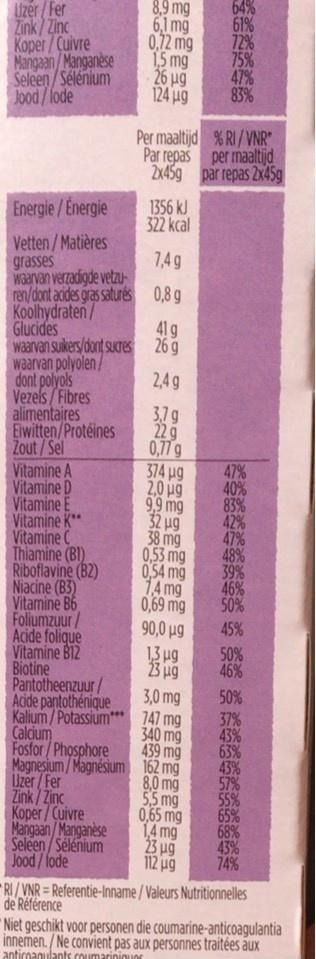
Uzer / Fer Zink Zinc Koper/Cuivre Mangaan/Manganese Seleen/Sélénium Jood/fode
8,9 mg 6,1 mg 0,72 mg 1,5 mg 26 µg 124 ug
64% 61% 72% 75% 47% 83%
Per maaltijd % RI / VNR" Par repas per maaltijd 2x45g par repas 2x45g
Energie /Energie
1356 kJ 322 kcal
Vetten / Matières grasses
1,4g
ren/dont acides gras saturés 0,8 g Koolhydraten/ Glucides waarvan suikers/dont sucres waarvan polyolen/ dont polyols Vezels/Fibres alimentaires Eiwitten/Protéines Zout/Sel Vitamine A Vitamine D Vitamine E Vitamine K** Vitamine C Thiamine (BI) Riboflavine (B2) Niacine (B3) Vitamine B6 Foliumzuur / Acide folique Vitamine B12 Biotine Pantotheenzuur / Acide pantothénique Kalium/ Potassium** 747 mg Calcium Fosfor/Phosphore Magnesium/ Magnésium 162 mg Uzer / Fer Zink / Zinc Koper / Cuivre Mangaan/Manganėse Seleen/Sélénium Jood/fode
41g 26 g
2,4 g
3.7g 22g 0,77 g 374 ug 2,0 ug 9,9 mg 32 ug 38 mg 0,53 mg 0,54 mg 14 mg 0,69 mg 90,0 µg
47% 40% 83% 42% 47% 48% 39% 46% 50%
45%
13 ug 23 ug
50% 46%
3,0 mg
50%
37% 43% 63% 43% 57% 55% 65% 68% 43% 74%
340 mg 439 mg
8,0 mg 5,5 mg 0,65 mg 14 mg 23 ug 112 ug
RI/ VNR = Referentie-Inname / Valeurs Nutritionnelles de Référence *Niet geschikt voor personen die coumarine-anticoagulantia innemen. / Ne convient pas aux personnes traitées aux
anticoaqulants coumariniouer